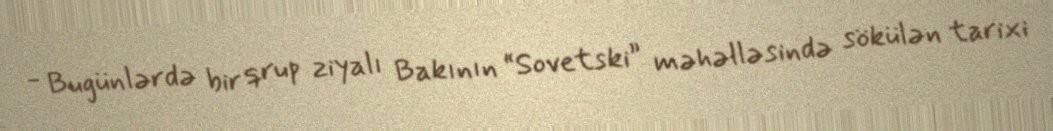
- Bugünlərdə bir qrup ziyalı Bakının “Sovetski” məhəlləsində sökülən tarixi